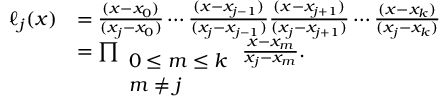
{ \begin{array} { r l } { \ell _ { j } ( x ) } & { = { \frac { ( x - x _ { 0 } ) } { ( x _ { j } - x _ { 0 } ) } } \cdots { \frac { ( x - x _ { j - 1 } ) } { ( x _ { j } - x _ { j - 1 } ) } } { \frac { ( x - x _ { j + 1 } ) } { ( x _ { j } - x _ { j + 1 } ) } } \cdots { \frac { ( x - x _ { k } ) } { ( x _ { j } - x _ { k } ) } } } \\ & { = \prod _ { \begin{array} { l } { 0 \leq m \leq k } \\ { m \neq j } \end{array} } { \frac { x - x _ { m } } { x _ { j } - x _ { m } } } . } \end{array} }